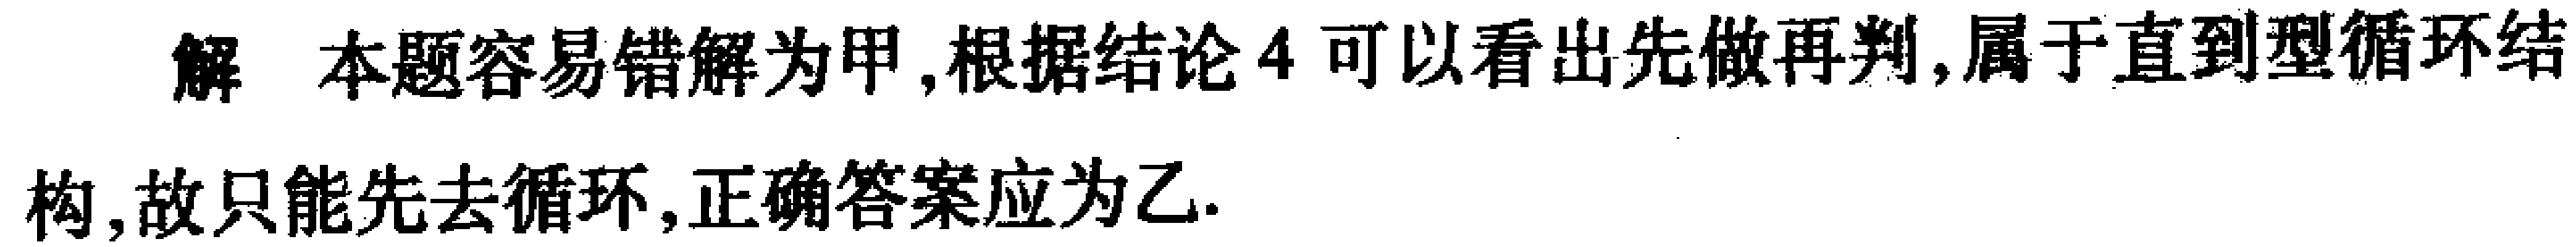
解 本题容易错解为甲,根据结论4可以看出先做再判,属于直到型循环结构,故只能先去循环,正确答案应为乙.